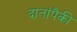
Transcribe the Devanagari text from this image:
दातांपैकी